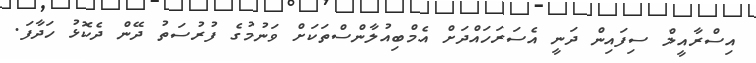
އިސްރާއީލް ސިފައިން ދަނީ އެސަރަަހައްދަށް އެމްބިއުލާންސްތަކަށް ވަނުމުގެ ފުރުސަތު ދޭން ދެކޮޅު ހަދާފަ.